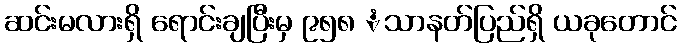
ဆင်းမလားရှိ ရောင်းချပြီးမှ ၉၅၈ ံသာနတ်ပြည်ရှိ ယခုတောင်